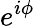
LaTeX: e^{i\phi}